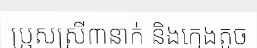
ប្រុសស្រី៣នាក់ និងក្មេងតូច